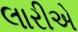
લારીએ